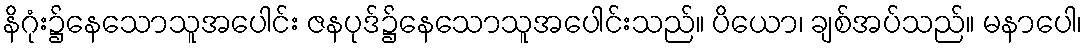
နိဂုံး၌နေသောသူအပေါင်း ဇနပုဒ်၌နေသောသူအပေါင်းသည်။ ပိယော၊ ချစ်အပ်သည်။ မနာပေါ၊